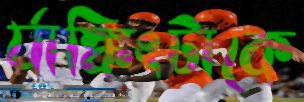
র‍্যাঙ্কিংটাকে